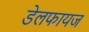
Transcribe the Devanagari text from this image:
डेलफायज